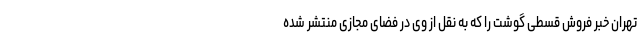
تهران خبر فروش قسطی گوشت را که به نقل از وی در فضای مجازی منتشر شده